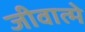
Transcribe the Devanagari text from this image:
जीवात्मे